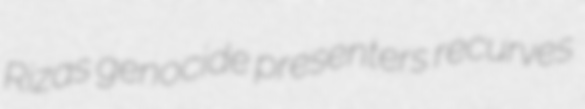
Rizas genocide presenters recurves